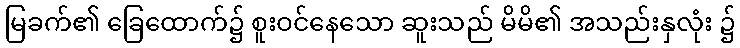
မြခက်၏ ခြေထောက်၌ စူးဝင်နေသော ဆူးသည် မိမိ၏ အသည်းနှလုံး ၌